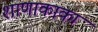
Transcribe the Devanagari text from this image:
शाणाकाका